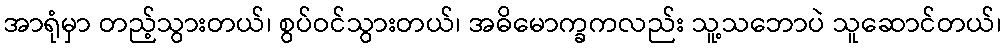
အာရုံမှာ တည့်သွားတယ်၊ စွပ်ဝင်သွားတယ်၊ အဓိမောက္ခကလည်း သူ့သဘောပဲ သူဆောင်တယ်၊